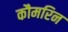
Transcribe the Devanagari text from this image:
कौमरिन